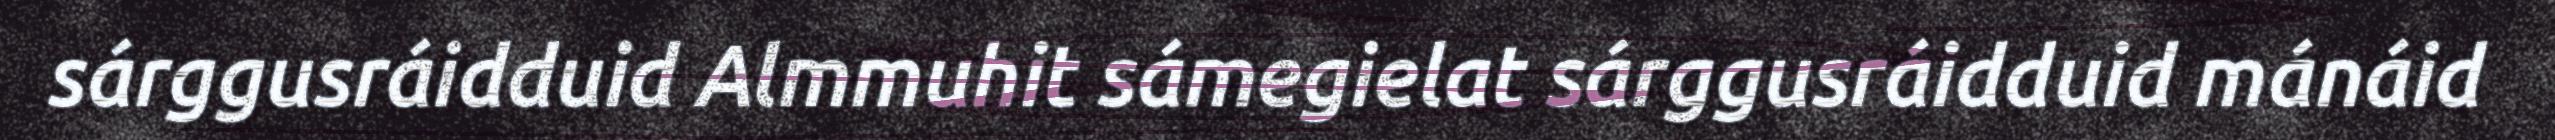
sárggusráidduid Almmuhit sámegielat sárggusráidduid mánáid